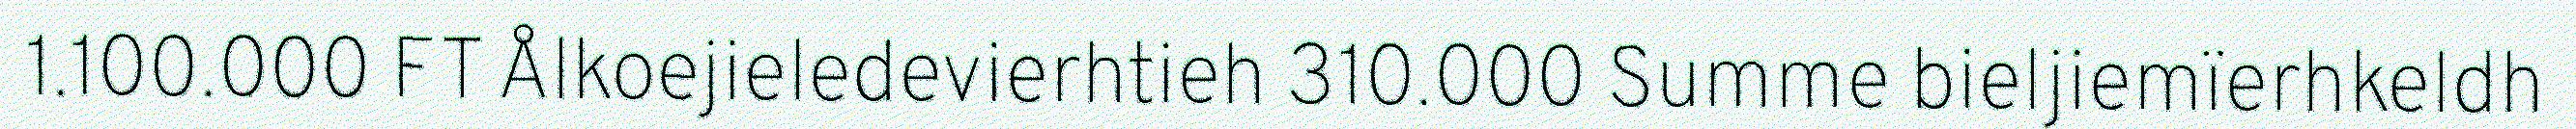
1.100.000 FT Ålkoejieledevierhtieh 310.000 Summe bieljiemïerhkeldh